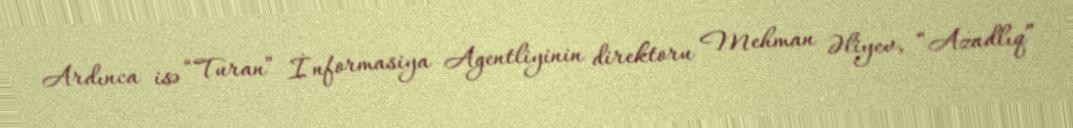
Ardınca isə “Turan” İnformasiya Agentliyinin direktoru Mehman Əliyev, “Azadlıq”